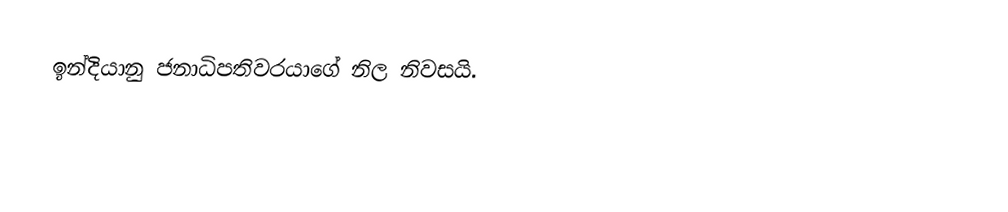
ඉන්දියානු ජනාධිපතිවරයාගේ නිල නිවසයි.